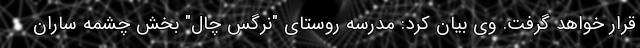
قرار خواهد گرفت. وی بیان کرد: مدرسه روستای "نرگس چال" بخش چشمه ساران